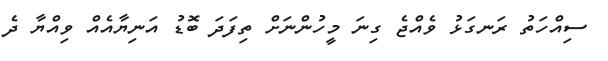
ސިއްހަތު ރަނގަޅު ވެއްޖެ ގިނަ މީހުންނަށް ތިފަދަ ބޮޑު އަނިޔާއެއް ވިއްޔާ ދެ